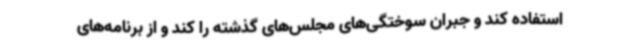
استفاده کند و جبران سوختگی‌های مجلس‌های گذشته را کند و از برنامه‌های